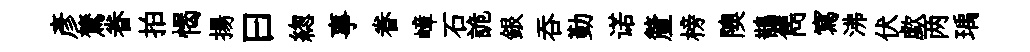
彦鷟眷拍愒揚曰緫事眷嶂石詭銀呑勤诺釐榜隩鵲雋寫沸伏歔两瑀